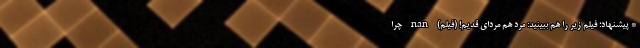
* پیشنهاد؛ فیلم‌ زیر را هم ببینید: مرد هم مردای قدیم! (فیلم) nan چرا